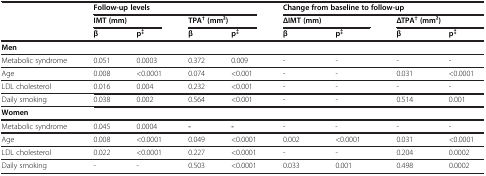
|  | <COLSPAN=4> Follow-up levels | <COLSPAN=4> Change from baseline to follow-up |
 |  | <COLSPAN=2> IMT (mm) | <COLSPAN=2> TPA†(mm2) | <COLSPAN=2> ΔIMT (mm) | <COLSPAN=2> ΔTPA†(mm2) |
 |  | β | p‡ | β | p‡ | β | p‡ | β | p‡ |
 | --- | --- | --- | --- | --- | --- | --- | --- | --- |
 | Men |  |  |  |  |  |  |  |  |
 | Metabolic syndrome | 0.051 | 0.0003 | 0.372 | 0.009 | - | - | - | - |
 | Age | 0.008 | <0.0001 | 0.074 | <0.001 | - | - | 0.031 | <0.0001 |
 | LDL cholesterol | 0.016 | 0.004 | 0.232 | <0.001 | - | - | - | - |
 | Daily smoking | 0.038 | 0.002 | 0.564 | <0.001 | - | - | 0.514 | 0.001 |
 | Women |  |  |  |  |  |  |  |  |
 | Metabolic syndrome | 0.045 | 0.0004 | - | - | - | - | - | - |
 | Age | 0.008 | <0.0001 | 0.049 | <0.0001 | 0.002 | <0.0001 | 0.031 | <0.0001 |
 | LDL cholesterol | 0.022 | <0.0001 | 0.227 | <0.0001 | - | - | 0.204 | 0.0002 |
 | Daily smoking | - | - | 0.503 | <0.0001 | 0.033 | 0.001 | 0.498 | 0.0002 |